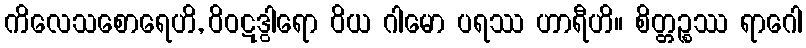
ကိလေသစောရေဟိ, ဝိဝဋဒွါရော ဝိယ ဂါမော ပရဿ ဟာရီဟိ။ စိတ္တဉ္စဿ ရာဂေါ